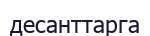
десанттарга